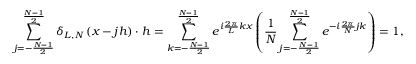
\sum _ { j = - \frac { N - 1 } { 2 } } ^ { \frac { N - 1 } { 2 } } \delta _ { L , N } \left( x - j h \right) \cdot h = \sum _ { k = - \frac { N - 1 } { 2 } } ^ { \frac { N - 1 } { 2 } } e ^ { i \frac { 2 \pi } { L } k x } \left( \frac { 1 } { N } \sum _ { j = - \frac { N - 1 } { 2 } } ^ { \frac { N - 1 } { 2 } } e ^ { - i \frac { 2 \pi } { N } j k } \right) = 1 ,